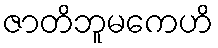
ဇာတိဘူမကေဟိ